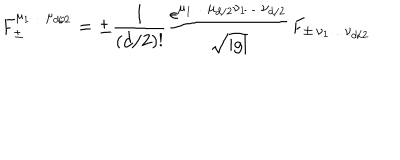
F _ { \pm } ^ { \mu _ { 1 } \ldots \mu _ { d / 2 } } = \pm \frac { 1 } { ( d / 2 ) ! } \frac { \epsilon ^ { \mu _ { 1 } \ldots \mu _ { d / 2 } \nu _ { 1 } \ldots \nu _ { d / 2 } } } { \sqrt { | g | } } F _ { \pm \, \nu _ { 1 } \ldots \nu _ { d / 2 } }